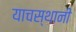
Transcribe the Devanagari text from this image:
याचस्थानी